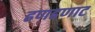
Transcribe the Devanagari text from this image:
ढणढणाट